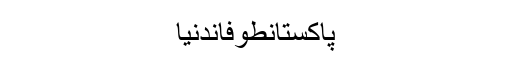
پاکستانطوفاندنیا